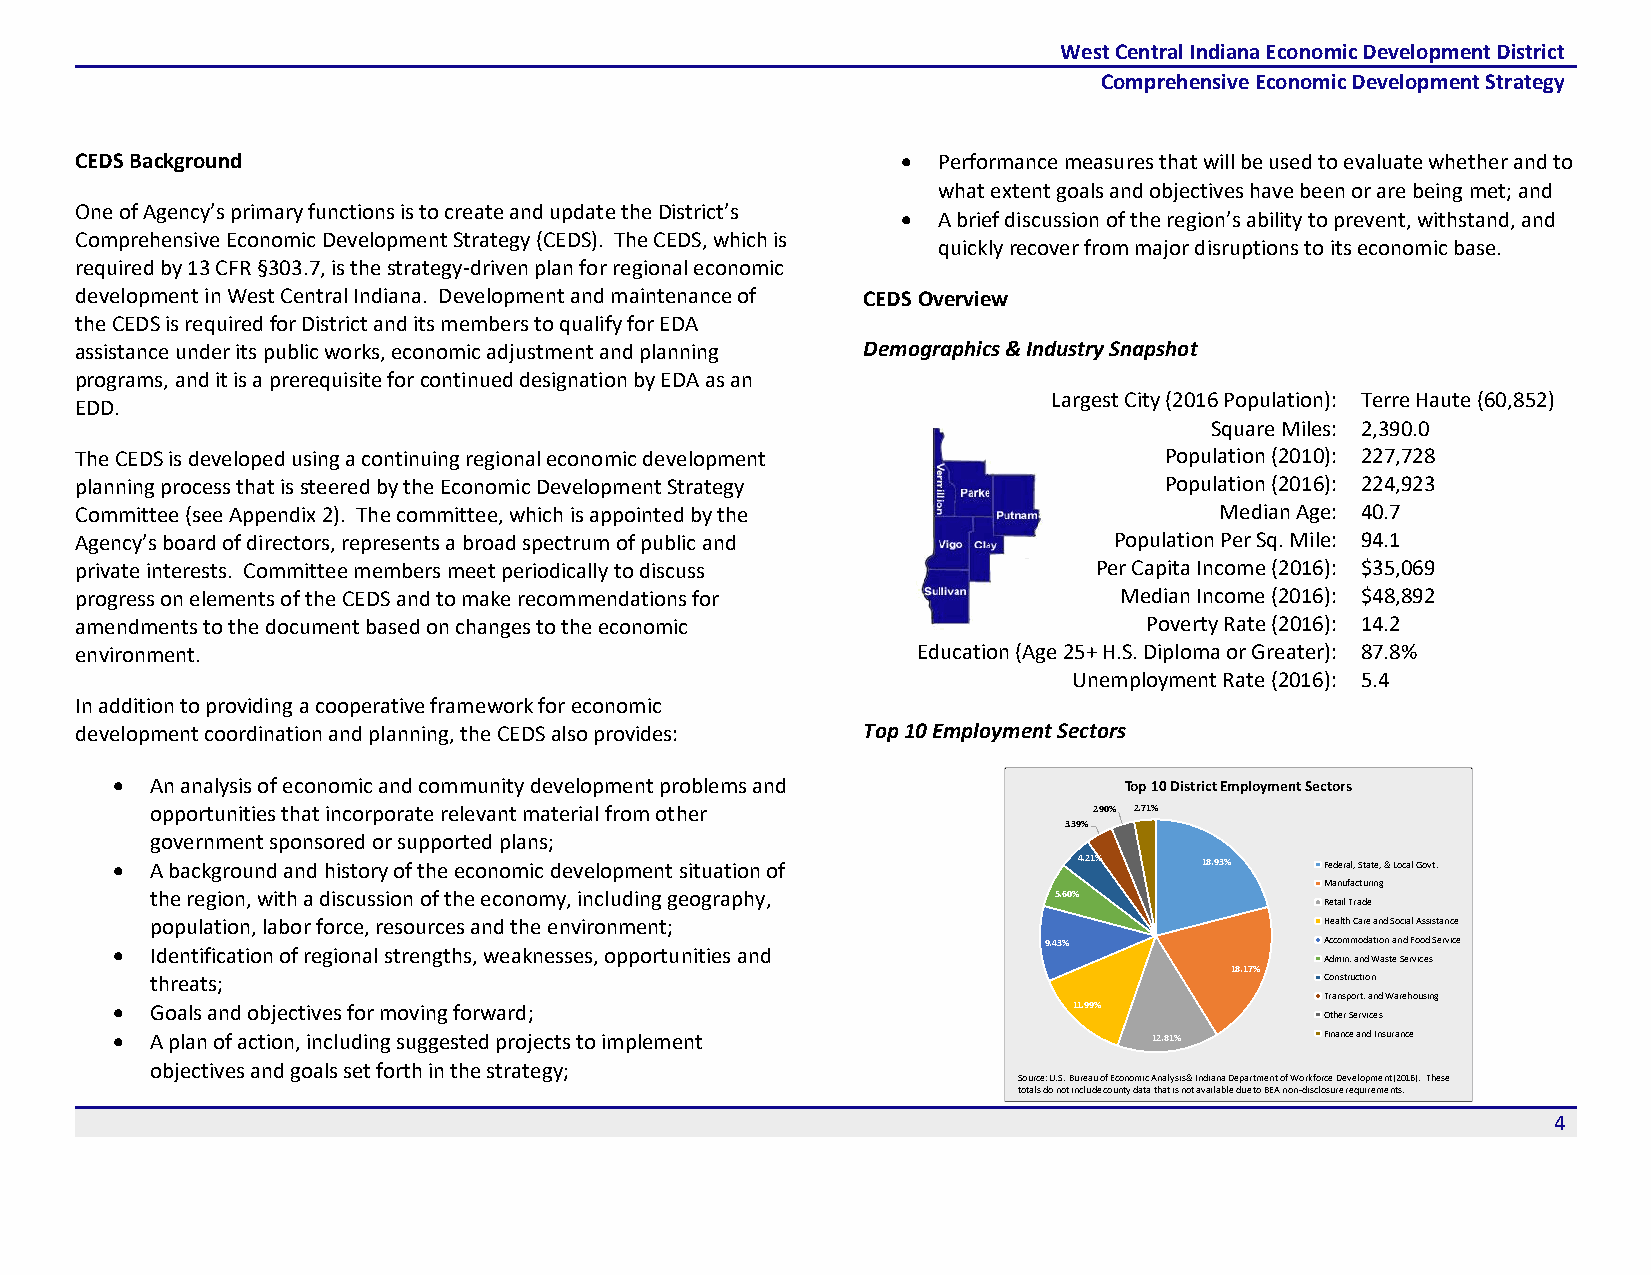
West Central Indiana Economic Development District
 Comprehensive Economic Development Strategy
 CEDS Background                                        • Performance measures that will be used to evaluate whether and to
 what extent goals and objectives have been or are being met; and
 One of Agency’s primary functions is to create and update the District’s
 • A brief discussion of the region’s ability to prevent, withstand, and
 Comprehensive Economic Development Strategy (CEDS). The CEDS, which is
 quickly recover from major disruptions to its economic base.
 required by 13 CFR §303.7, is the strategy-driven plan for regional economic
 development in West Central Indiana. Development and maintenance of CEDS Overview
 the CEDS is required for District and its members to qualify for EDA
 assistance under its public works, economic adjustment and planning Demographics & Industry Snapshot
 programs, and it is a prerequisite for continued designation by EDA as an
 Largest City (2016 Population): Terre Haute (60,852)
 EDD.
 Square Miles: 2,390.0
 The CEDS is developed using a continuing regional economic development  Population (2010): 227,728
 planning process that is steered by the Economic Development Strategy   Population (2016): 224,923
 Committee (see Appendix 2). The committee, which is appointed by the        Median Age: 40.7
 Agency’s board of directors, represents a broad spectrum of public and Population Per Sq. Mile: 94.1
 private interests. Committee members meet periodically to discuss   Per Capita Income (2016): $35,069
 progress on elements of the CEDS and to make recommendations for     Median Income (2016): $48,892
 amendments to the document based on changes to the economic            Poverty Rate (2016): 14.2
 environment.                                            Education (Age 25+ H.S. Diploma or Greater): 87.8%
 Unemployment Rate (2016): 5.4
 In addition to providing a cooperative framework for economic
 development coordination and planning, the CEDS also provides: Top 10 Employment Sectors
 •  An analysis of economic and community development problems and  Top 10 District Employment Sectors
 opportunities that incorporate relevant material from other   2.90% 2.71%
 3.39%
 government sponsored or supported plans;
 •  A background and history of the economic development situation of 4.21% 18.93% Federal, State, & Local Govt.
 Manufacturing
 the region, with a discussion of the economy, including geography, 5.60%
 Retail Trade
 population, labor force, resources and the environment;                       Health Care and Social Assistance
 9.43%              Accommodation and Food Service
 •  Identification of regional strengths, weaknesses, opportunities and
 Admin. and Waste Services
 18.17%
 threats;                                                                      Construction
 Transport. and Warehousing
 •  Goals and objectives for moving forward;                     11.99%
 Other Services
 •  A plan of action, including suggested projects to implement       12.81%      Finance and Insurance
 objectives and goals set forth in the strategy;
 Source: U.S. Bureau of Economic Analysis & Indiana Department of Workforce Development (2016). These
 totals do not include county data that is not available due to BEA non-disclosure requirements.
 4